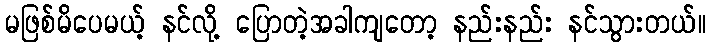
မဖြစ်မိပေမယ့် နင်လို့ ပြောတဲ့အခါကျတော့ နည်းနည်း နင်သွားတယ်။